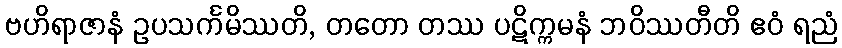
ဗဟိရာဇာနံ ဥပသင်္ကမိဿတိ, တတော တဿ ပဋိက္ကမနံ ဘဝိဿတီတိ ဧဝံ ရညံ